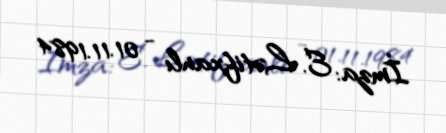
İmza: E. Lətifxanlı - 01.11.1984